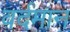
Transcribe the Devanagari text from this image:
वर्दमान